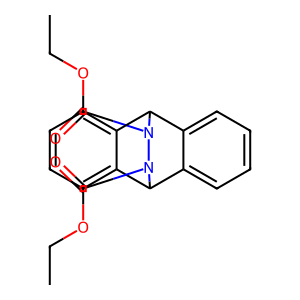
SMILES: CCOC(=O)N1C2c3ccccc3C(c3ccccc32)N1C(=O)OCC
Inhibits HIV replication: No